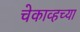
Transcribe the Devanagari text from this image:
चेकाव्हच्या